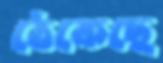
ঠেকেছে